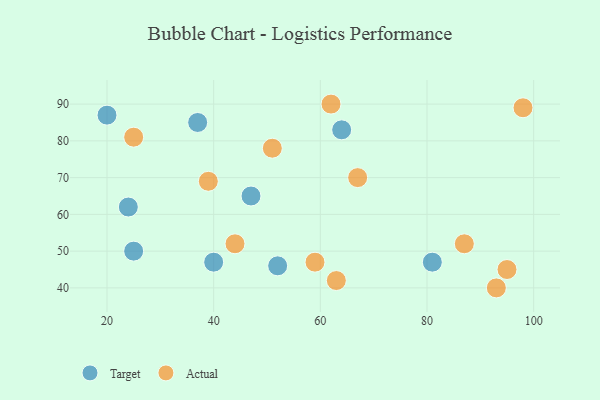
{"axis": {"x": "GDP", "y": "Life Expectancy"}, "legend": ["Actual", "Target"], "data": [{"x": "20", "y": 87, "type": "Target"}, {"x": "81", "y": 47, "type": "Target"}, {"x": "25", "y": 50, "type": "Target"}, {"x": "64", "y": 83, "type": "Target"}, {"x": "40", "y": 47, "type": "Target"}, {"x": "52", "y": 46, "type": "Target"}, {"x": "47", "y": 65, "type": "Target"}, {"x": "37", "y": 85, "type": "Target"}, {"x": "24", "y": 62, "type": "Target"}, {"x": "63", "y": 42, "type": "Actual"}, {"x": "25", "y": 81, "type": "Actual"}, {"x": "59", "y": 47, "type": "Actual"}, {"x": "87", "y": 52, "type": "Actual"}, {"x": "95", "y": 45, "type": "Actual"}, {"x": "39", "y": 69, "type": "Actual"}, {"x": "44", "y": 52, "type": "Actual"}, {"x": "98", "y": 89, "type": "Actual"}, {"x": "51", "y": 78, "type": "Actual"}, {"x": "93", "y": 40, "type": "Actual"}, {"x": "67", "y": 70, "type": "Actual"}, {"x": "62", "y": 90, "type": "Actual"}]}